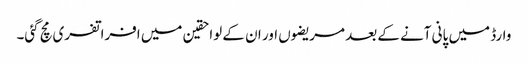
وارڈ میں پانی آنے کے بعد مریضوں اور ان کے لواحقین میں افراتفری مچ گئی۔